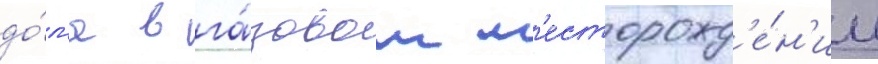
до́л'я в га́зовом м'есторожд'е́н'ии